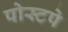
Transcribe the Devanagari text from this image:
पोस्टपे